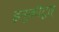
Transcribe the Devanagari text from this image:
इनूकीटूत्